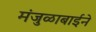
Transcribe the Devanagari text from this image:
मंजुळाबाईने